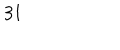
3 1